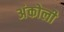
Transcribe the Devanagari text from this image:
अंकोली